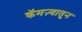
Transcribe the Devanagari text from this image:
कॅमऱ्यातून